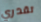
تقدري